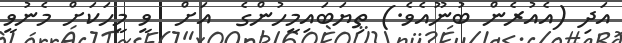
އަދި (އެއުރެން ބުނޫއެވެ.) ތިޔަބައިމީހުންގެ  އަށް  ވީ މީހަކަށް މެނުވީ